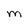
Character: M